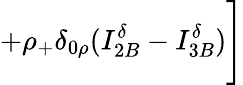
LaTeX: +\rho_{+}\delta_{0\rho}(I_{2B}^{\delta}-I_{3B}^{\delta})\Bigg]